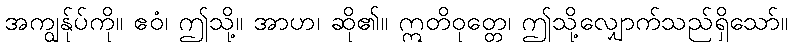
အကျွန်ုပ်ကို။ ဧဝံ၊ ဤသို့။ အာဟ၊ ဆို၏။ ဣတိဝုတ္တေ၊ ဤသို့လျှောက်သည်ရှိသော်။